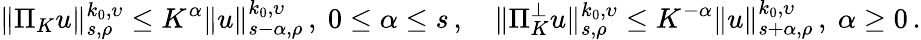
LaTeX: \| \Pi_{K}u\| _{s,\rho}^{k_{0},\upsilon}\leq K^{\alpha}\| u\| _{s-\alpha,\rho}^{k_{0},\upsilon}\, ,\ 0\leq\alpha\leq s\, ,\quad\| \Pi_{K}^{\perp}u\| _{s,\rho}^{k_{0},\upsilon}\leq K^{-\alpha}\| u\| _{s+\alpha,\rho}^{k_{0},\upsilon}\, ,\ \alpha\geq 0\, .